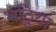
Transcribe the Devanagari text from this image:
भठ्ठियां